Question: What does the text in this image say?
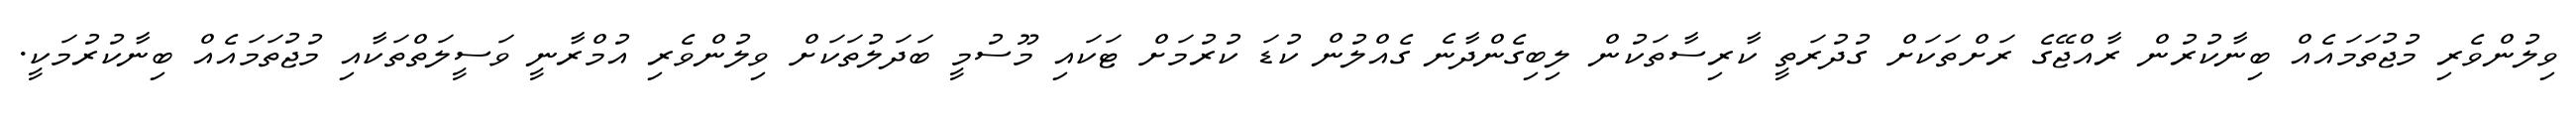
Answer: ވިލުންވެރި މުޖުތަމައެއް ބިނާކުރުން ރާއްޖޭގެ ރަށްތަކަށް ގުދުރަތީ ކާރިސާތަކުން ލިބިގެންދާނެ ގެއްލުން ކުޑަ ކުރުމަށް ޓަކައި މޫސުމީ ބަދަލުތަކަށް ވިލުންވެރި އުމްރާނީ ވަސީލަތްތަކާއި މުޖުތަމައެއް ބިނާކުރުމަކީ.